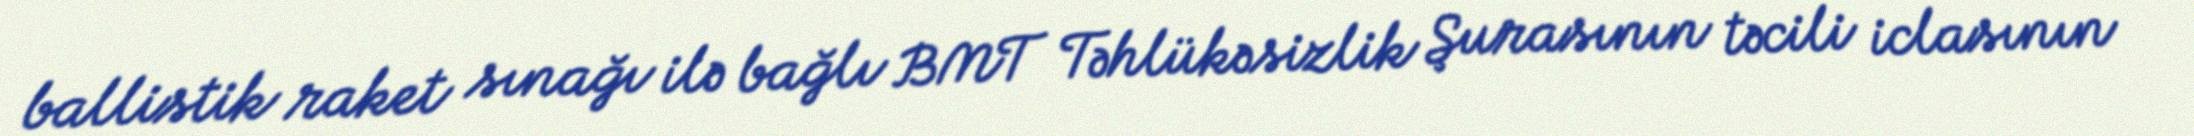
ballistik raket sınağı ilə bağlı BMT Təhlükəsizlik Şurasının təcili iclasının